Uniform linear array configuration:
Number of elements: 8
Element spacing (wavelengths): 1
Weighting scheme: blackman
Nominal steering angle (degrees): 45
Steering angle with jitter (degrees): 44.756
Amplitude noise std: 0.05
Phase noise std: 0.05

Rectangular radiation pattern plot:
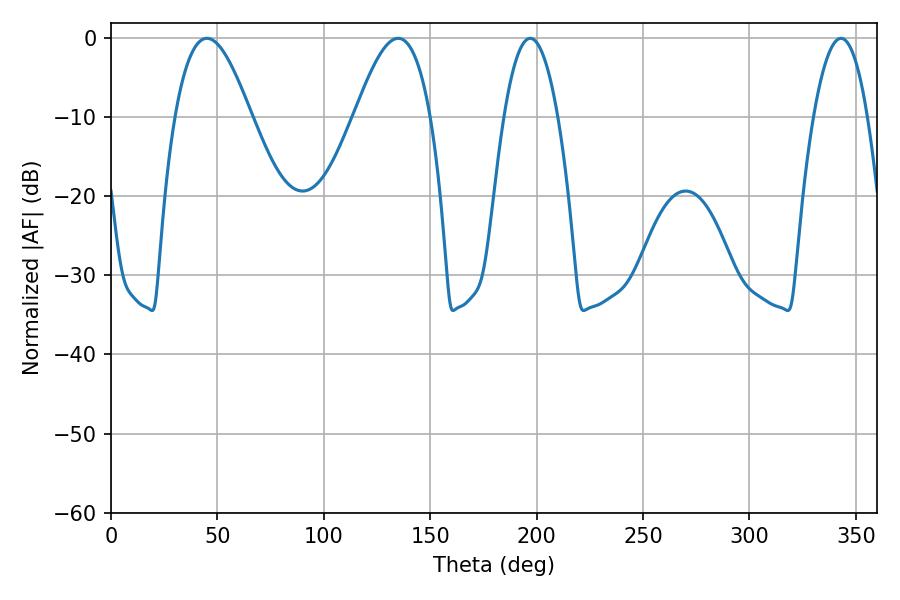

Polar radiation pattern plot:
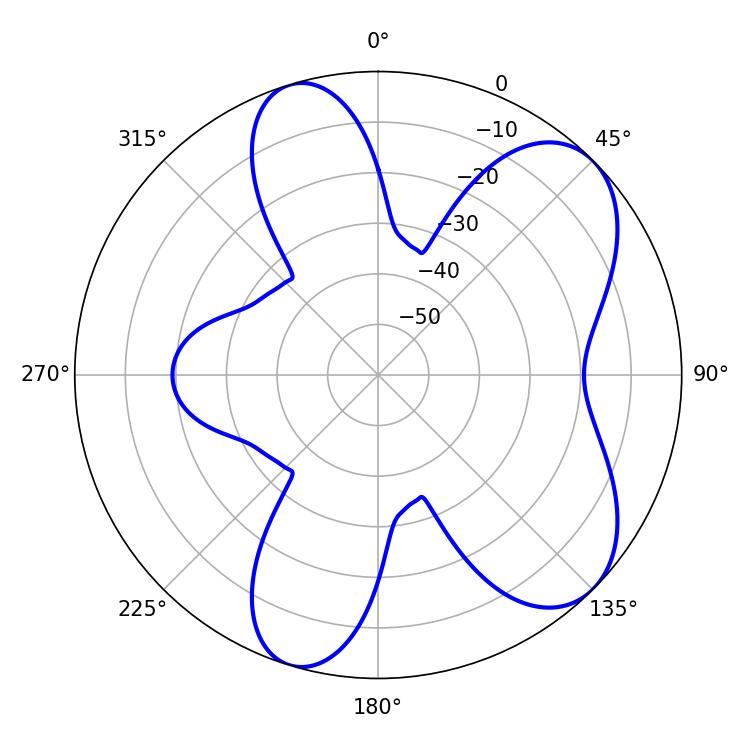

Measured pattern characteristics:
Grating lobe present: TRUE
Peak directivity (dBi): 7.185
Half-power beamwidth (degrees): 19.26
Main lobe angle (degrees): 45